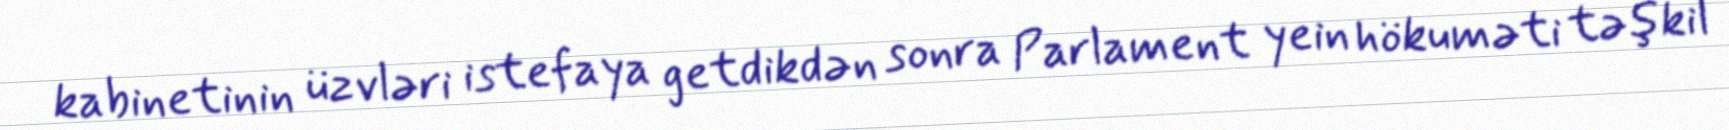
kabinetinin üzvləri istefaya getdikdən sonra Parlament yein hökuməti təşkil